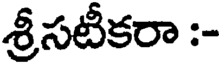
శ్రీసటీకరా :-